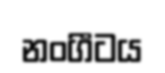
නංගීටය